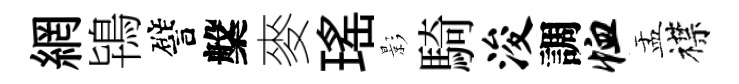
網鴇譬槃麥瑤影騎浚調恤盂襟